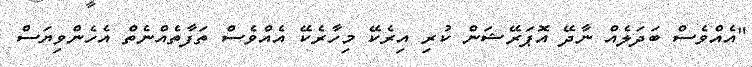
"އެއްވެސް ބަދަލެއް ނާދޭ އޮޕަރޭޝަން ކުރި އިރެކޭ މިހާރެކޭ އެއްވެސް ތަފާތެއްނެތް އެހެންވިޔަސް